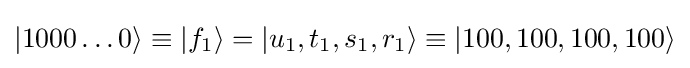
|1000\dots 0\rangle \equiv |f_{1}\rangle =|u_{1},t_{1},s_{1},r_{1}\rangle \equiv |100,100,100,100\rangle